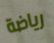
رياضة